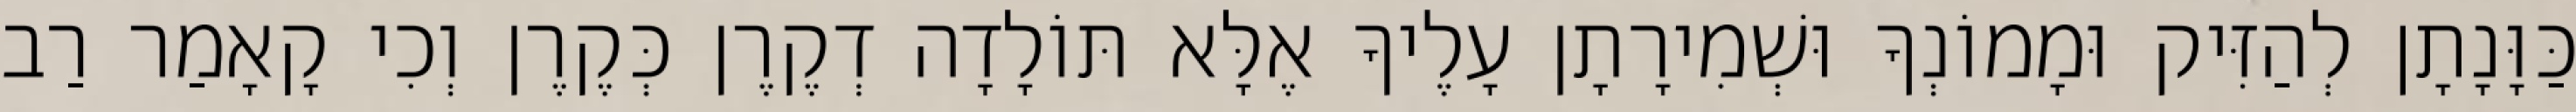
כַּוָּנָתָן לְהַזִּיק וּמָמוֹנְךָ וּשְׁמִירָתָן עָלֶיךָ אֶלָּא תּוֹלָדָה דְקֶרֶן כְּקֶרֶן וְכִי קָאָמַר רַב